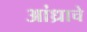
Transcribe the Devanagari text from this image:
आंध्राचे